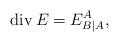
LaTeX: \begin{align*}{\rm div}\,E=E^A_{B|A},\end{align*}